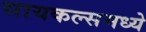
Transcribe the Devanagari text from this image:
सायकल्समध्ये